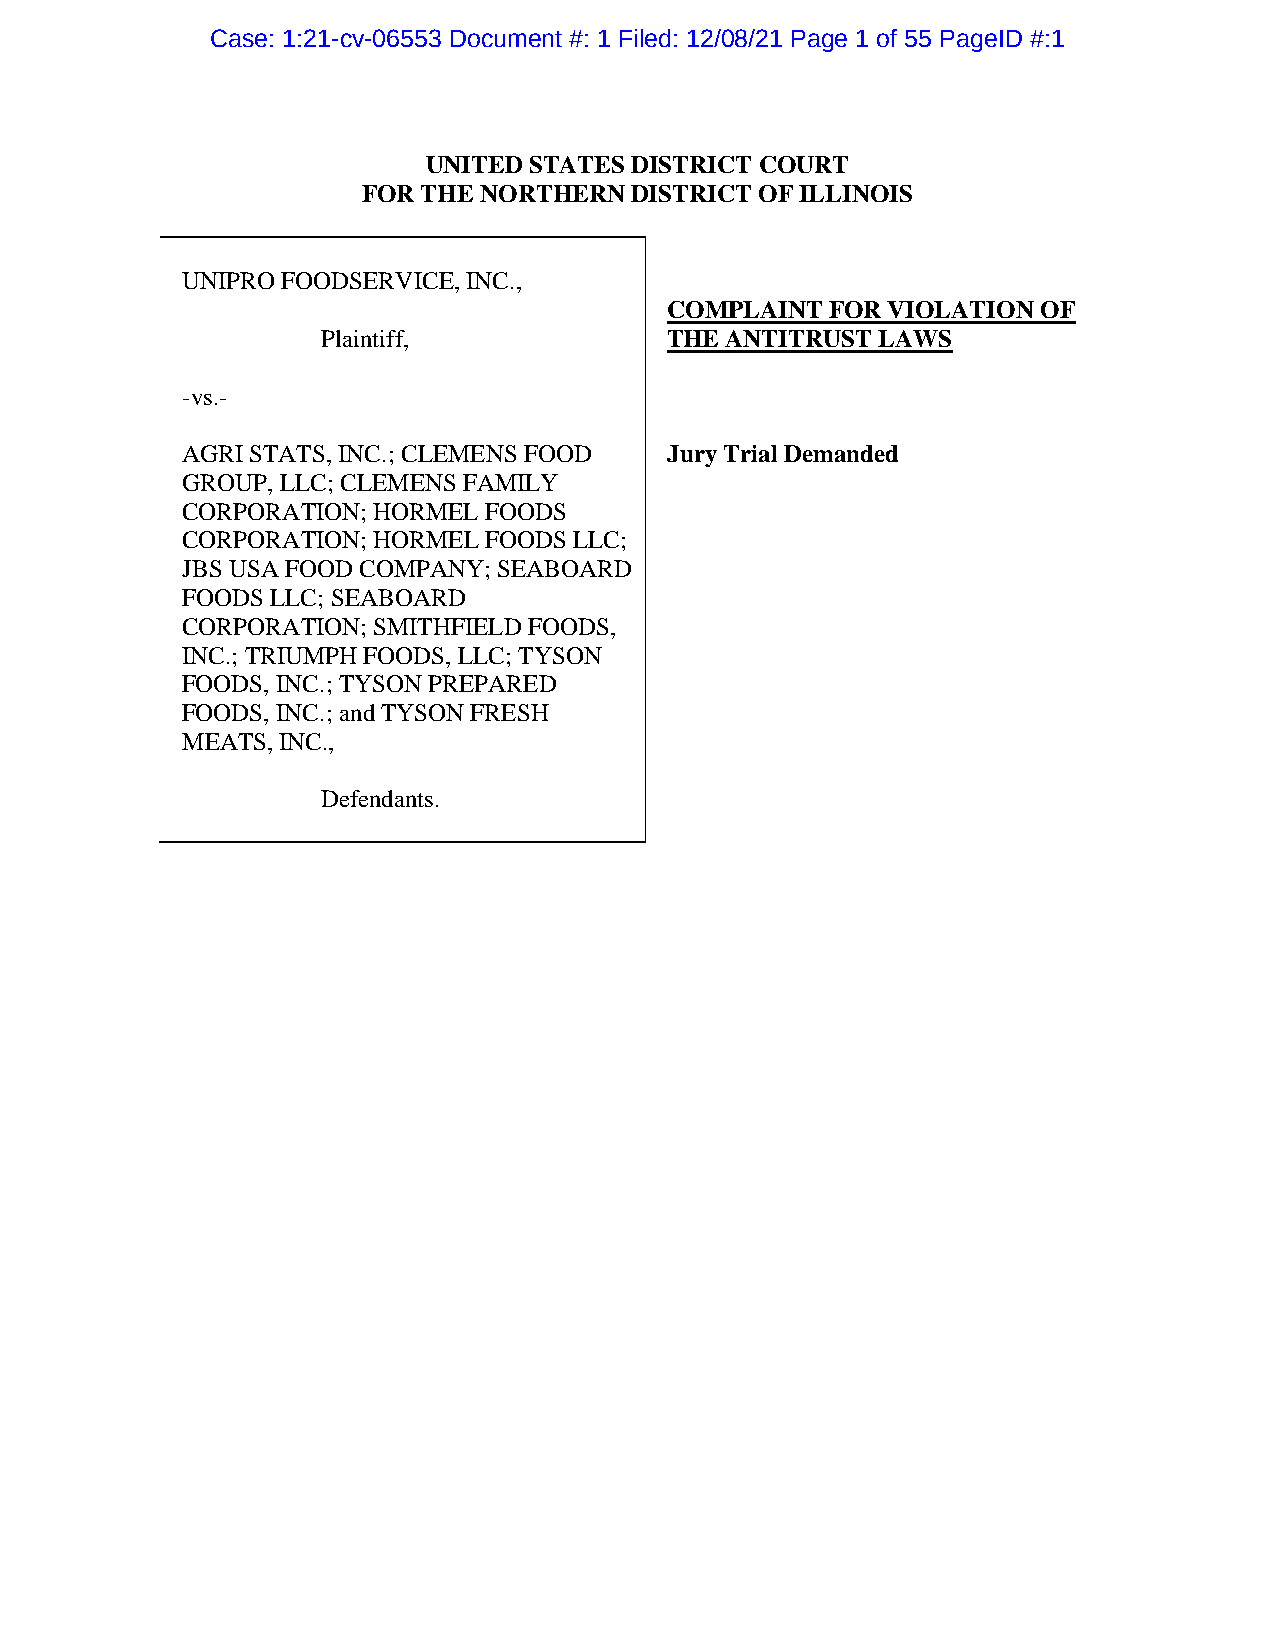
Case: 1:21-cv-06553 Document #: 1 Filed: 12/08/21 Page 1 of 55 PageID #:1
 UNITED STATES DISTRICT COURT
 FOR THE NORTHERN  DISTRICT OF ILLINOIS
 UNIPRO FOODSERVICE, INC.,
 COMPLAINT  FOR VIOLATION OF
 Plaintiff,             THE ANTITRUST LAWS
 -vs.-
 AGRI STATS, INC.; CLEMENS FOOD  Jury Trial Demanded
 GROUP, LLC; CLEMENS FAMILY
 CORPORATION; HORMEL FOODS
 CORPORATION; HORMEL FOODS LLC;
 JBS USA FOOD COMPANY; SEABOARD
 FOODS LLC; SEABOARD
 CORPORATION; SMITHFIELD FOODS,
 INC.; TRIUMPH FOODS, LLC; TYSON
 FOODS, INC.; TYSON PREPARED
 FOODS, INC.; and TYSON FRESH
 MEATS, INC.,
 Defendants.